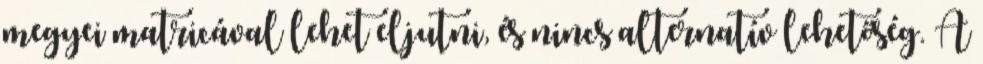
megyei matricával lehet eljutni, és nincs alternatív lehetőség. A